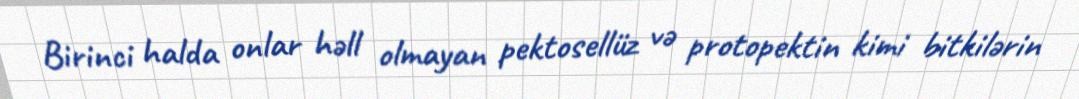
Birinci halda onlar həll olmayan pektosellüz və protopektin kimi bitkilərin